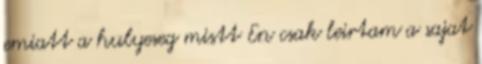
emiatt a hulyeseg mistt En csak leirtam a sajat